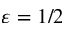
\varepsilon = 1 / 2